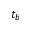
t _ { b }